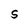
Character: S